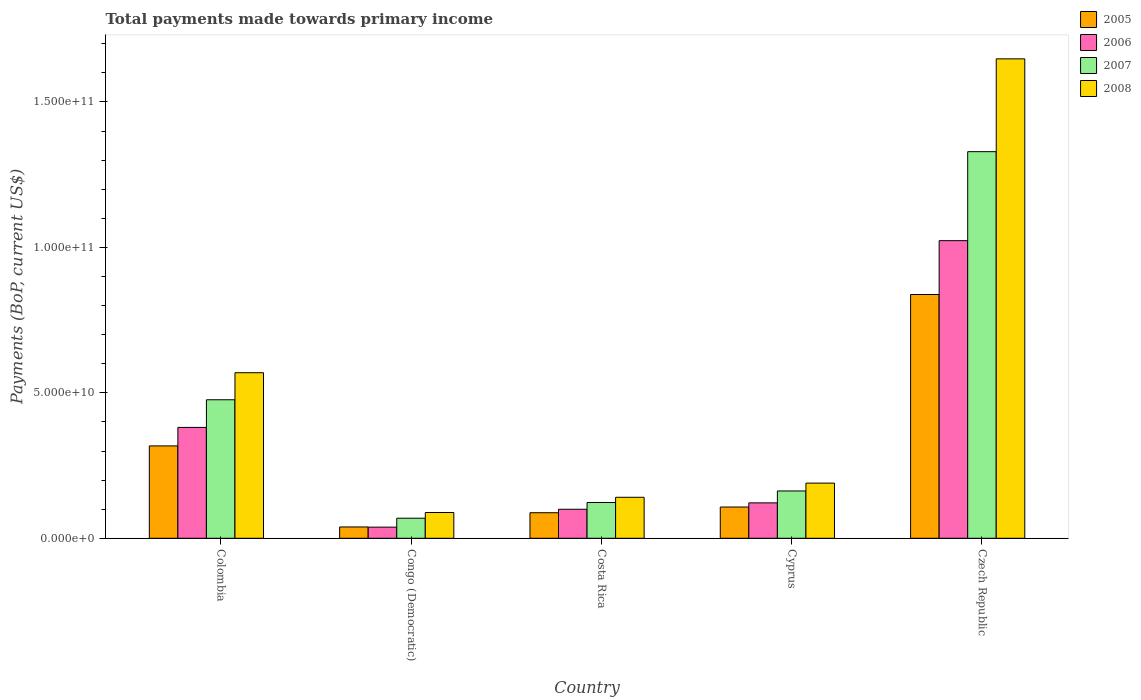
| Country | 2005 | 2006 | 2007 | 2008 |
 | --- | --- | --- | --- | --- |
 | Colombia | 3.18e+10 | 3.81e+10 | 4.76e+10 | 5.69e+10 |
 | Congo (Democratic) | 3.89e+09 | 3.83e+09 | 6.9e+09 | 8.86e+09 |
 | Costa Rica | 8.79e+09 | 9.98e+09 | 1.23e+10 | 1.41e+10 |
 | Cyprus | 1.07e+10 | 1.22e+10 | 1.63e+10 | 1.9e+10 |
 | Czech Republic | 8.38e+10 | 1.02e+11 | 1.33e+11 | 1.65e+11 |